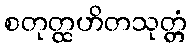
စတုတ္ထဟိတသုတ္တံ